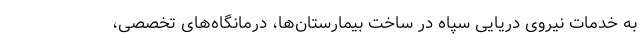
به خدمات نیروی دریایی سپاه در ساخت بیمارستان‌ها، درمانگاه‌های تخصصی،